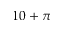
1 0 + \pi